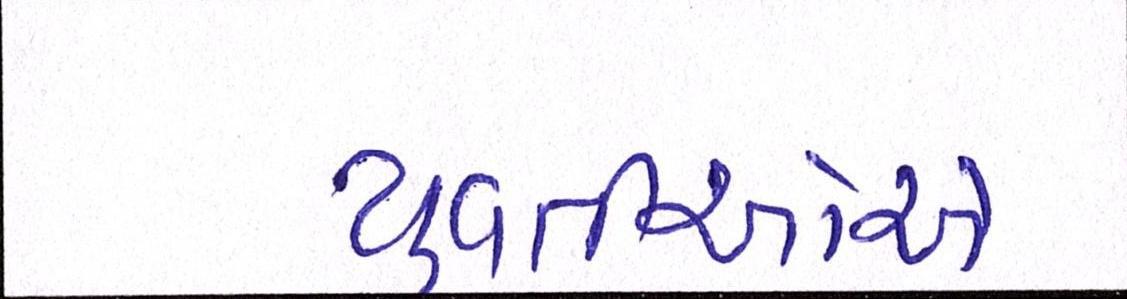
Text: યુવતીઓએ